Scientific memoirs by medical officers of the Army of India - Part VI,
Year: 1891
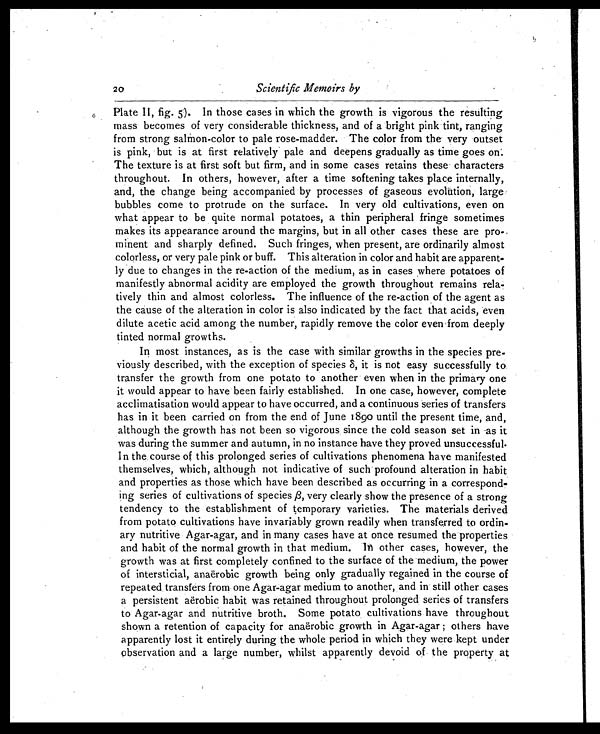
20
Scientific Memoirs by
Plate II, fig. 5). In those cases in which the growth is vigorous the resulting
mass becomes of very considerable thickness, and of a bright pink tint, ranging
from strong salmon-color to pale rose-madder. The color from the very outset
is pink, but is at first relatively pale and deepens gradually as time goes on.
The texture is at first soft but firm, and in some cases retains these characters
throughout. In others, however, after a time softening takes place internally,
and, the change being accompanied by processes of gaseous evolution, large
bubbles come to protrude on the surface. In very old cultivations, even on
what appear to be quite normal potatoes, a thin peripheral fringe sometimes
makes its appearance around the margins, but in all other cases these are pro-,
minent and sharply defined. Such fringes, when present, are ordinarily almost
colorless, or very pale pink or buff. This alteration in color and habit are apparent-
ly due to changes in the re-action of the medium, as in cases where potatoes of
manifestly abnormal acidity are employed the growth throughout remains rela-
tively thin and almost colorless. The influence of the re-action of the agent as
the cause of the alteration in color is also indicated by the fact that acids, even
dilute acetic acid among the number, rapidly remove the color even . from deeply
tinted normal growths.
In most instances, as is the case with similar growths in the species pre-
viously described, with the exception of species 8, it is not easy successfully to.
transfer the growth from one potato to another even when in the primary one
it would appear to have been fairly established. In one case, however, complete
acclimatisation would appear to have occurred, and a continuous series of transfers
has in it been carried on from the end of June 1890 until the present time, and,
although the growth has not been so vigorous, since the cold season set in as it
was during the summer and autumn, in no instance have they proved unsuccessful.
In the course of this prolonged series of cultivations phenomena have manifested
themselves, which, although not indicative of such profound alteration in habit
and properties as those which have been described as occurring in a correspond-
ing series of cultivations of species /3, very clearly show the presence of a strong
tendency to the establishment of temporary varieties. The materials derived
from potato cultivations have invariably grown readily when transferred to ordin-
ary nutritive Agar-agar, and in many cases have at once resumed the properties
and habit of the normal growth in that medium. In other cases, however, the
growth was at first completely confined to the surface of the medium, , the power
of intersticial, anaerobic growth being only gradually regained in the course of
repeated, transfers from one Agar-agar medium to another, and in' still other cases
a persistent aerobic habit was retained throughout prolonged series of transfers
to Agar-agar and nutritive broth. Some potato , cultivations have throughout
shown a retention of capacity for anaerobic growth in Agar-agar ; others have
apparently lost it entirely during the whole period in which they were kept under
observation and a large number, whilst apparently devoid of the property at